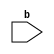
module submod_1 (b);
   input b;
   reg a;
   initial a = b;
endmodule